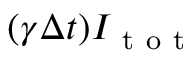
( \gamma \Delta t ) I _ { \mathrm { ~ t ~ o ~ t ~ } }